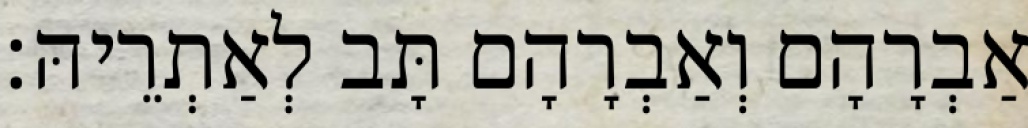
אַבְרָהָם וְאַבְרָהָם תָּב לְאַתְרֵיהּ׃